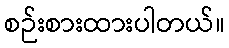
စဉ်းစားထားပါတယ်။